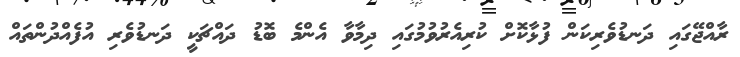
ރާއްޖޭގައި ދަނޑުވެރިކަން ފުޅާކޮށް ކުރިއެރުވުމުގައި ދިމާވާ އެންމެ ބޮޑު ދައްޗަކީ ދަނޑުވެރި އުފެއްދުންތައް